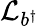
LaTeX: \mathcal{L}_{b^{\dagger}}